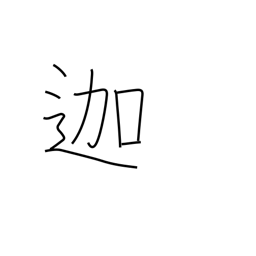
Meaning: (used phonetically)